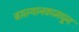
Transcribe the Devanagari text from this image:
बसस्थानकामधून